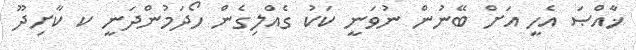
ޚާެއްޞަ އެހީ އަށް ބޭނުން ނުވަނީ ކަަކު ގެއްލިގެން ހޯދަމުންދަނީ ކ ކާށިދޫ